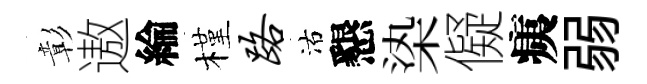
彰遨綸槿路沽懇𣑱儗痍弱